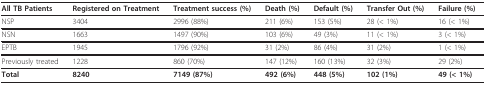
<table><thead><tr><td><b>All TB Patients</b></td><td><b>Registered on Treatment</b></td><td><b>Treatment success (%)</b></td><td><b>Death (%)</b></td><td><b>Default (%)</b></td><td><b>Transfer Out (%)</b></td><td><b>Failure (%)</b></td></tr></thead><tbody><tr><td>NSP</td><td>3404</td><td>2996 (88%)</td><td>211 (6%)</td><td>153 (5%)</td><td>28 (&lt; 1%)</td><td>16 (&lt; 1%)</td></tr><tr><td>NSN</td><td>1663</td><td>1497 (90%)</td><td>103 (6%)</td><td>49 (3%)</td><td>11 (&lt; 1%)</td><td>3 (&lt; 1%)</td></tr><tr><td>EPTB</td><td>1945</td><td>1796 (92%)</td><td>31 (2%)</td><td>86 (4%)</td><td>31 (2%)</td><td>1 (&lt; 1%)</td></tr><tr><td>Previously treated</td><td>1228</td><td>860 (70%)</td><td>147 (12%)</td><td>160 (13%)</td><td>32 (3%)</td><td>29 (2%)</td></tr><tr><td><b>Total</b></td><td><b>8240</b></td><td><b>7149 (87%)</b></td><td><b>492 (6%)</b></td><td><b>448 (5%)</b></td><td><b>102 (1%)</b></td><td><b>49 (&lt; 1%)</b></td></tr></tbody></table>